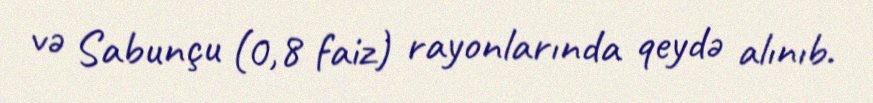
və Sabunçu (0,8 faiz) rayonlarında qeydə alınıb.